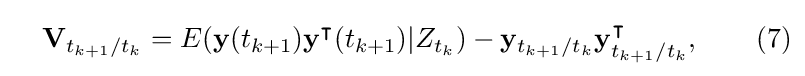
\quad \mathbf {V} _{t_{k+1}/t_{k}}=E(\mathbf {y} (t_{k+1})\mathbf {y} ^{\intercal }(t_{k+1})|Z_{t_{k}})-\mathbf {y} _{t_{k+1}/t_{k}}\mathbf {y} _{t_{k+1}/t_{k}}^{\intercal },\qquad (7)